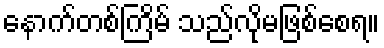
နောက်တစ်ကြိမ် သည်လိုမဖြစ်စေရ။